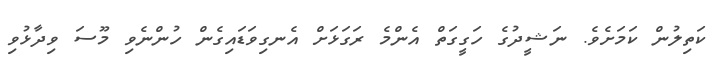
ކަތިލުން ކަމަށެވެ. ނަޝީދުގެ ހަގީގަތް އެންމެ ރަގަޅަށް އެނގިވަޑައިގެން ހުންނެވި މޫސަ ވިދާޅުވި